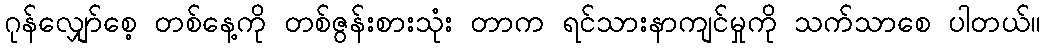
ဂုန်လျှော်စေ့ တစ်နေ့ကို တစ်ဇွန်းစားသုံး တာက ရင်သားနာကျင်မှုကို သက်သာစေ ပါတယ်။